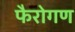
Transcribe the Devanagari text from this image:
फैरोगण